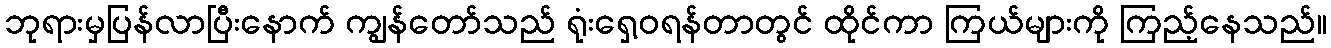
ဘုရားမှပြန်လာပြီးနောက် ကျွန်တော်သည် ရုံးရှေ့ဝရန်တာတွင် ထိုင်ကာ ကြယ်များကို ကြည့်နေသည်။